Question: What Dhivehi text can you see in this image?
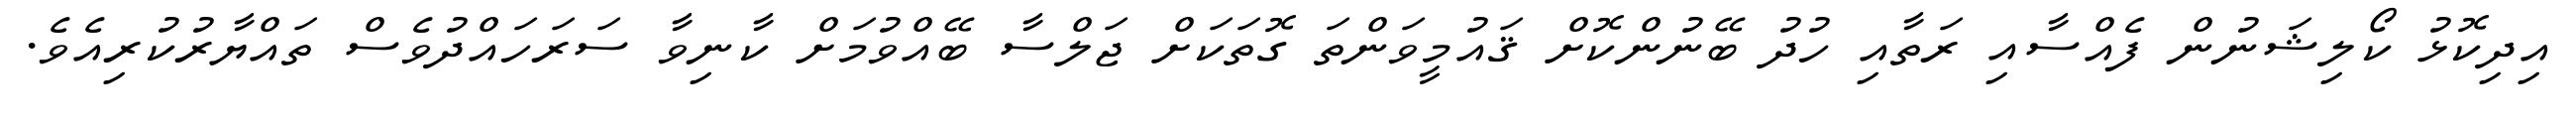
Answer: އިދިކޮޅު ކޯލިޝަނުން ފެއްސާއި ރަތާއި ހުދު ބޭނުންކޮށް ޤައުމީވަންތަ ގޮތަކަށް ޖަލްސާ ބޭއްވުމަށް ކާނިވާ ސަރަހައްދުވެސް ތައްޔާރުކުރިއެވެ.